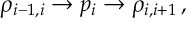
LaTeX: \rho _ { i - 1 , i } \rightarrow p _ { i } \rightarrow \rho _ { i , i + 1 } \, , \,